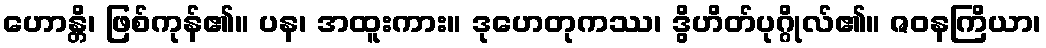
ဟောန္တိ၊ ဖြစ်ကုန်၏။ ပန၊ အထူးကား။ ဒုဟေတုကဿ၊ ဒွိဟိတ်ပုဂ္ဂိုလ်၏။ ဇဝနကြိယာ၊